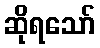
ဆိုရသော်